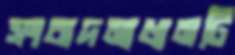
সংবাদমাধ্যমটি